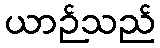
ယာဉ်သည်